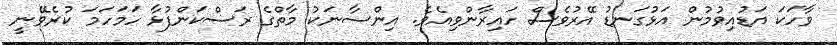
ވާހަކަ އަޑުއިވުމުން އަޅުގަނޑު އޭރުވެސް ހައިރާންވިއެވެ. އިންސާނަކު މާތްގެ ރަސްކަންފުޅާ ހަމަހަމަ ކުރެވޭނީ